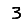
Digit: 3